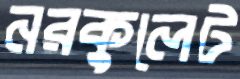
নরকুলেট